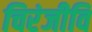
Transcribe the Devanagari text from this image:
चिरंजीवि